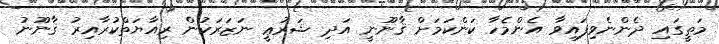
މަތީގައި ދެންނެވިފައިވާ އެންމެހާ ކަންކަމަށް ޤާނޫނީ އަދި ޝަރުޢީ ނަޒަރަކުން ރިއާޔަތްކުރާއިރު ޤާނޫނު